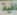
افية